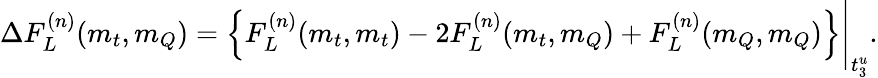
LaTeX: \Delta F_{L}^{(n)}(m_{t},m_{Q})=\left\{ F_{L}^{(n)}(m_{t},m_{t})-2F_{L}^{(n)}(m_{t},m_{Q})+F_{L}^{(n)}(m_{Q},m_{Q})\right\} \Bigg\vert_{t_{3}^{u}}.